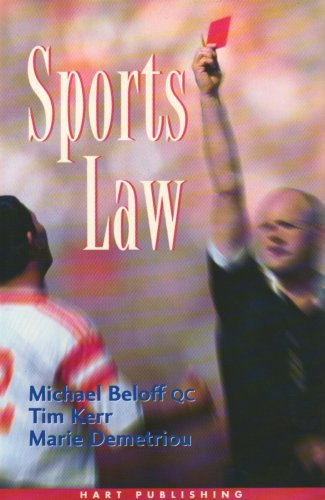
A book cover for Sports Law; Michael Beloff; Law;